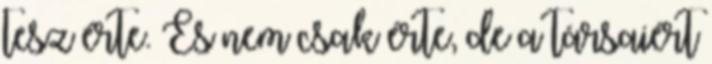
tesz érte. És nem csak érte, de a társaiért